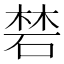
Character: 𥓙